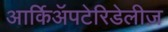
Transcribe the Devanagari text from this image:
आर्किॲपटेरिडेलीज़